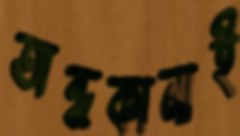
অন্ধকানাই